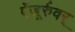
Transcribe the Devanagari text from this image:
ऐंजूर्रुवर्